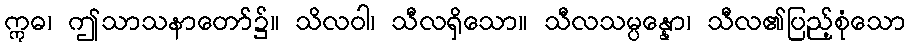
ဣဓ၊ ဤသာသနာတော်၌။ သိလဝါ၊ သီလရှိသော။ သီလသမ္ပန္နော၊ သီလ၏ပြည့်စုံသော